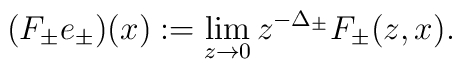
(F_\pm e_\pm)(x) := \lim_{z\to 0}z^{-\Delta_\pm}F_\pm(z,x).